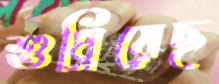
শুধ্‌রিয়েছ